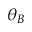
\theta _ { B }